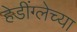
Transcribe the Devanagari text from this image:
हेडींग्लेच्या